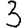
Digit: 3